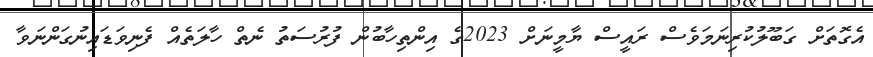
އެގޮތަށް ގަބޫލުކުރިނަމަވެސް ރައީސް ޔާމީނަށް 2023ގެ އިންތިހާބުން ފުރުސަތު ނެތް ހާލަތެއް ފެނިވަޑައިނުގަންނަވާ